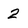
Character: 2